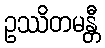
ဥဿိတမန္တီ